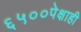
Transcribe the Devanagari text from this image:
६५००पेक्षाही